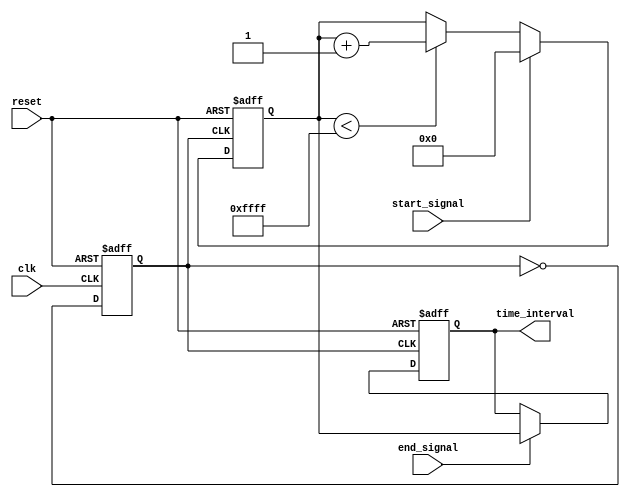
module TDC (
    input wire clk,                // System Clock
    input wire reset,              // Global reset
    input wire start_signal,       // Signal to start timing
    input wire end_signal,         // Signal to stop timing
    output reg [15:0] time_interval // Captured time interval in clock cycles
);

// PLL Parameters
parameter VCO_FREQUENCY = 100; // Example VCO frequency in MHz
parameter COUNTER_WIDTH = 16;   // Bit width of the counter

// Internal signals
reg [COUNTER_WIDTH-1:0] counter; // Digital counter for PLL clock cycles
reg vco_clk;                      // Output clock from VCO

// PLL Simulation: Simple VCO that toggles based on a fixed frequency
always @(posedge clk or posedge reset) begin
    if (reset) begin
        vco_clk <= 0;
    end else begin
        vco_clk <= ~vco_clk; // Toggle the VCO clock
    end
end

// Digital Counter
always @(posedge vco_clk or posedge reset) begin
    if (reset) begin
        counter <= 0;
    end else if (start_signal) begin
        counter <= 0; // Reset counter on start signal
    end else if (counter < 16'hFFFF) begin
        counter <= counter + 1; // Increment counter
    end
end

// Capturing Time Interval
always @(posedge vco_clk or posedge reset) begin
    if (reset) begin
        time_interval <= 0; // Reset output interval
    end else if (end_signal) begin
        time_interval <= counter; // Capture counter value on end signal
    end
end

endmodule